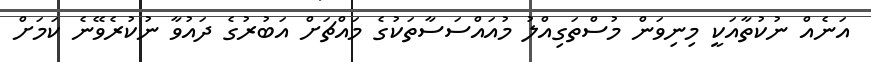
އަނެއް ނުކުތާއަކީ މިނިވަން މުސްތަގިއްލު މުއައްސަސާތަކުގެ މައްޗަށް އަބުރުގެ ދައުވާ ނުކުރެވޭނެ ކަމަށް